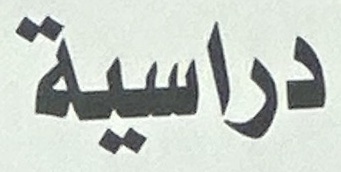
دراسية